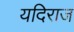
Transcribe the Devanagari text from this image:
यदिराज